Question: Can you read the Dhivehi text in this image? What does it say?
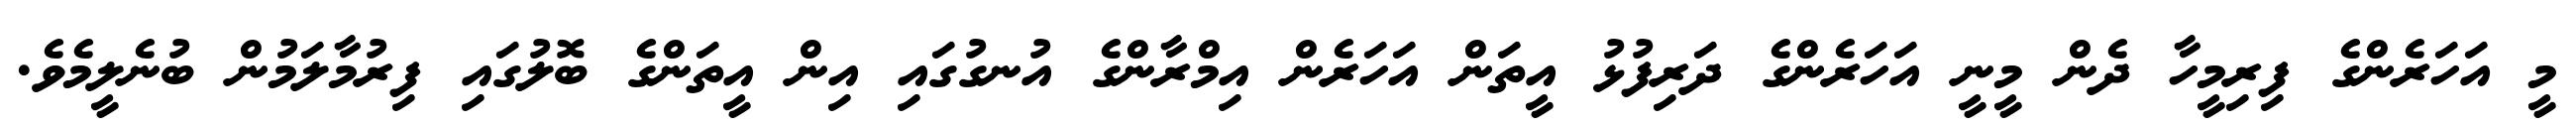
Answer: މީ އަހަރެންގެ ފިރިމީހާ ދެން މީނީ އަހަރެންގެ ދަރިފުޅު އީތަން އަހަރެން އިމްރާންގެ އުނގުގައި އިން އީތަންގެ ބޮލުގައި ފިރުމާލަމުން ބުނެލީމެވެ.